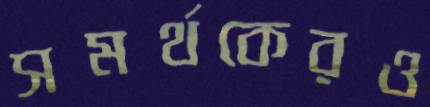
সমর্থকেরও